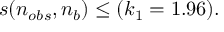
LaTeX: s ( n _ { o b s } , n _ { b } ) \leq ( k _ { 1 } = 1 . 9 6 ) .